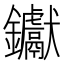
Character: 钀